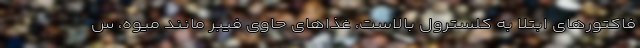
فاکتورهای ابتلا به کلسترول بالاست، غذاهای حاوی فیبر مانند میوه، س